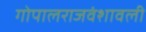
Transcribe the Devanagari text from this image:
गोपालराजवंशावली